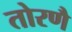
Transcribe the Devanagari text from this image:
तोरणै